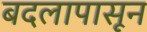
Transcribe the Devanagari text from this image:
बदलापासून